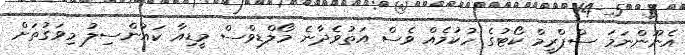
އެނޫންނަމަ ސްޕްރީމް ކޯޓުގެ ހުކުމެއް ވެސް އަތުވެދާނެ މޯލްޑިިވްސް މީޑިއާ ކައުންސިލު މިވަގުތަށް